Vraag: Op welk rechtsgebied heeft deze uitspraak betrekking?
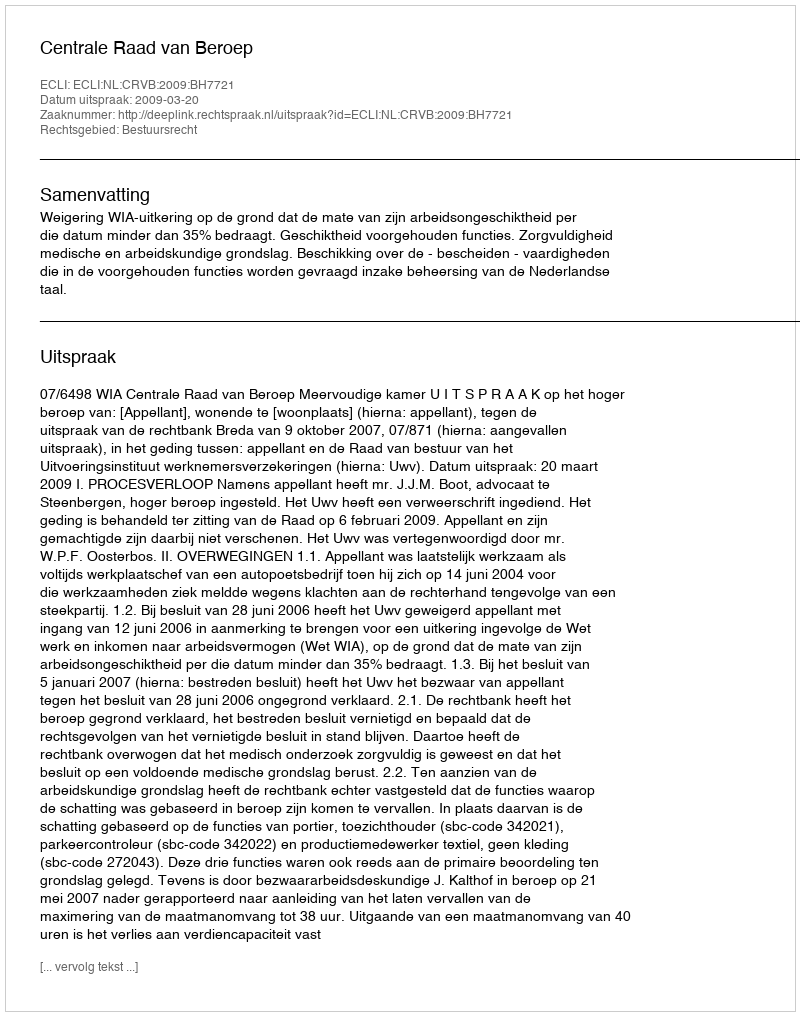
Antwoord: Bestuursrecht